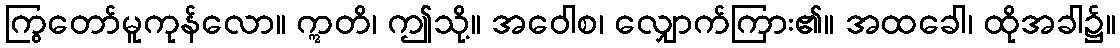
ကြွတော်မူကုန်လော။ ဣတိ၊ ဤသို့။ အဝေါစ၊ လျှောက်ကြား၏။ အထခေါ၊ ထိုအခါ၌။